Janeda_(Ambla)_vallavalitsus, lk 17
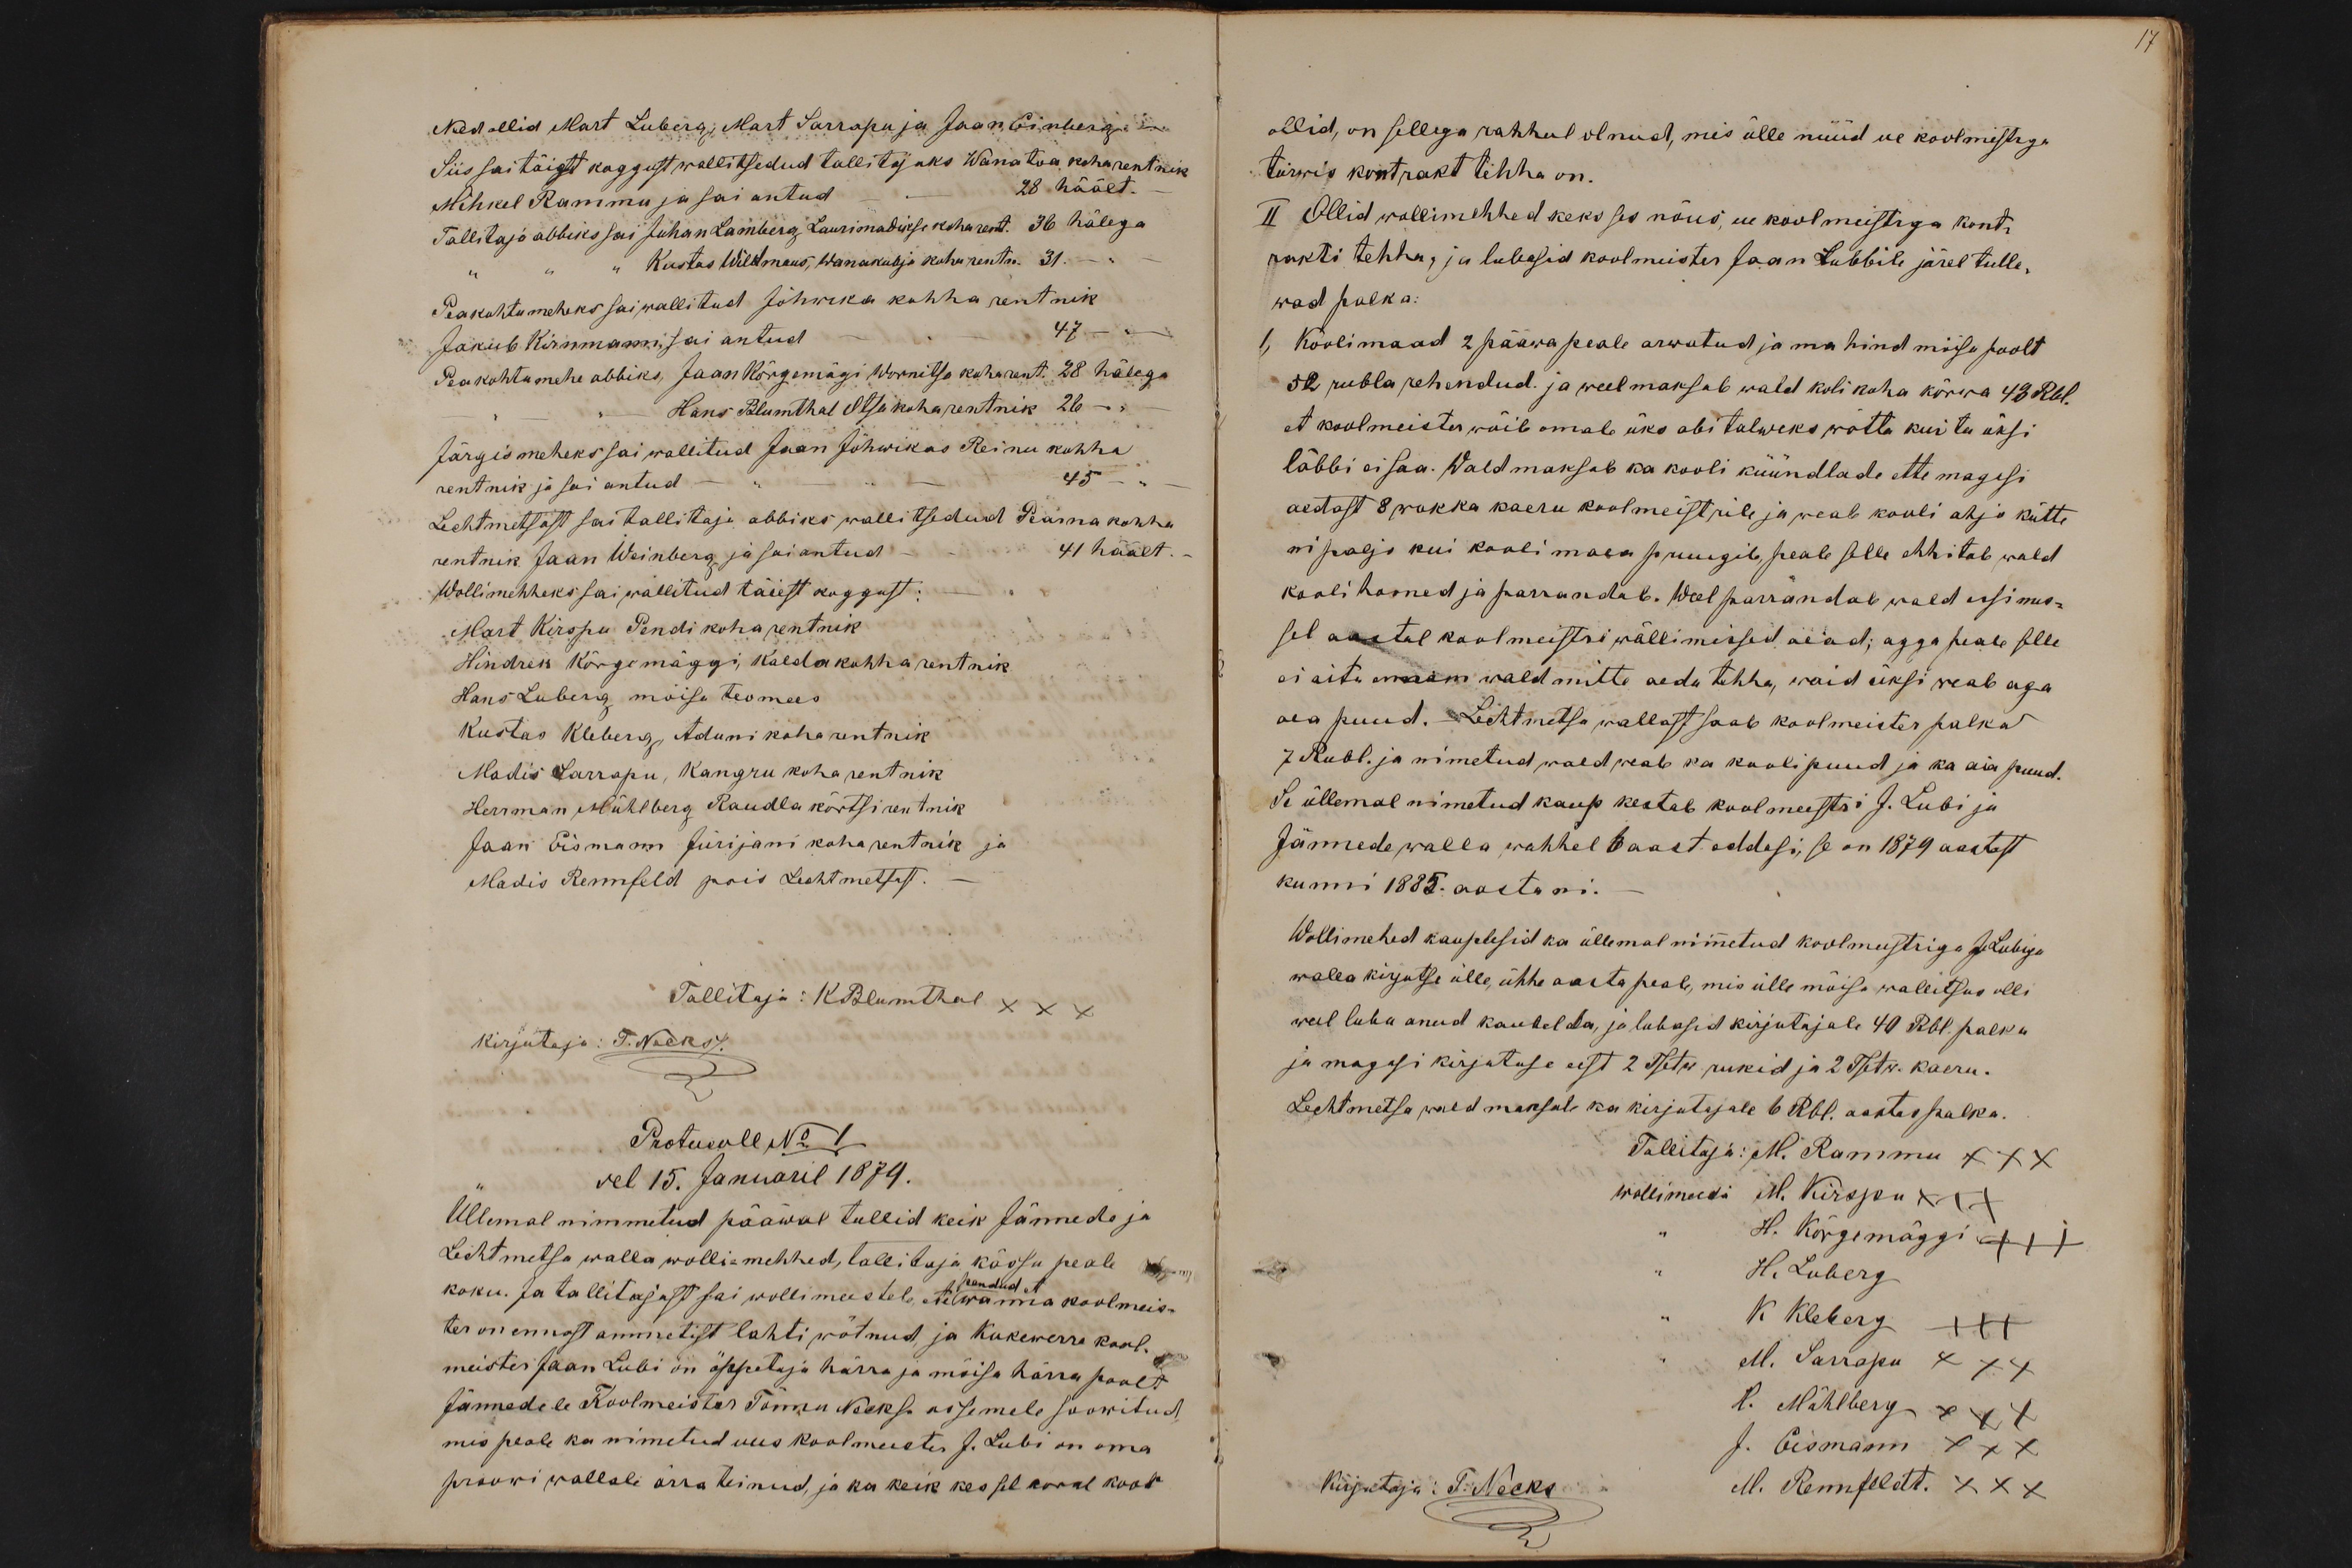
Need ollid Mart Luberg, Mart Sarrapu ja Jaan Einberg. -
Siis sai täiest koggust wallitsedud tallitajaks Wanatoa koha rentnik
Mihkel Rammu ja sai antud - " - 28 häält. -
Tallitaja abbiks sai Juhan Lamberg Laurimadikse koha rent. 36 hälega
" Kustas Wildmaus, Wanakubja koha rentn. 31. -
Peakohtumeheks sai wallitud Jõhwika kohha rentnik
Jakub Kirnmann sai antud - " - 47 - " -
Peakohtumehe abbiks, Jaan Kõrgemägi Wornitsa koha rent. 28 hälega
Hans Blumthal Otsa koha rentnik 26
Järgismeheks sai wallitud Jaan Jõhwikas Reinu kohha
rentnik ja sai antud - " - " - 45 - " -
Lechtmetsast sai tallitaja abbiks wallitsedud Pearna kohha
rentnik Jaan Weinberg ja sai antud 41 häält. -
Wollimehheks sai wallitud täiest koggust:
Mart Kirspu Pendi koha rentnik
Hindrek Kõrgemäggi, Kalda kohha rentnik
Hans Luberg mõisa teomees
Kustas Kleberg, Aduni koha rentnik
Madis Sarrapu, Kangru koha rentnik
Herrman Mühlberg Raudla kõrtsi rentnik
Jaan Eismann Jürijani koha rentnik ja
Madis Rennfeld pois Lechtmetsast.
Tallitaja: KBlumthal XXX
kirjutaja: T. Necks/.
Protucoll No 1
sel 15. Januaril 1879.
Üllemal nimmetud pääwal tullid keik Jännede ja
Lechtmetsa walla wolli-mehhed, tallitaja kässu peale
pandud et
koku. Ja tallitajast sai wollimeestele, ete wanna koolmeis-
ter on ennast ammetist lahti wõtnud, ja Kukewerre kool-
meister Jaan Lubi on õppetaja härra ja mõisa härra poolt
Jännedele Koolmeister Tõnnu Neckse assemele soowitud
mis peale ka nimetud uus koolmeester J. Lubi on oma
proowi wallale ärra teinud, ja ka keik kes sel korral koos

17
ollid, on sellega rahhul olnud, mis ülle nüüd ue koolmistrga
tarwis kontrakt tehha on.
II Ollid wollimehhed keks ses nõus, ue koolmeistrga kont-
rakti tehha, ja lubasid koolmeister Jaan Lubbile järel tulle-
wad palka:
1, Koolimaad 2 pääwa peale arwatud ja ma hind mõisa poolt
52 rubla rehendud. ja weel maksab wald kolikoha kõrwa 43 Rbl.
et koolmeister wõib omale üks abi talweks wõtta kui ta üksi
läbbi ei saa. Wald maksab ka kooli küündlade ette magasi
aedast 8 wakka kaeru koolmeistrile ja weab kooli ahjo kütte
ni paljo kui kooli maea pruugib, peale selle ehhitab wald
kooli hooned ja parrandab. Weel parrandab wald essimes-
sel aastal koolmeistri wällimissed aead; agga peale selle
ei aita ennam wald mitte aeda tehha, waid üksi weab aga
aea puud. Lechtmetsa wallast saab koolmeister palka
7 Rubl. ja nimetud wald weab ka kooli puud ja ka aia puud.
Se üllemal nimetud kaup kestab koolmeestri J. Lubi ja
Jännede walla, wahhel 6 aast eddesi, se on 1879 aastast
kunni 1885. aastani.
Wollimehed kauplesid ka üllemal nimmetud koolmeistriga J. Lubiga
walla kirjutse ülle, ühhe aasta peale, mis ülle mõisa wallitsus olli
weel luba anud kaubelda, ja lubasid kirjutajale 40 Rbl. palka
ja magasi kirjutuse eest 2 Tsetw rukid ja 2 Tsetw. kaeru.
Lechtmetsa wald maksab ka kirjutajale 6 Rbl. aastas palka.
Tallitaja: M. Rammu XXX
wollimeesi M. Kirspu XXX
H. Kõrgemäggi +++
H. Luberg
K Kleberg +++
M. Sarrapu XXX
H. Mühlberg XXX
J. Eismann XXX
Kirjutaja: T. Necks
M. Rennfeldt. XXX